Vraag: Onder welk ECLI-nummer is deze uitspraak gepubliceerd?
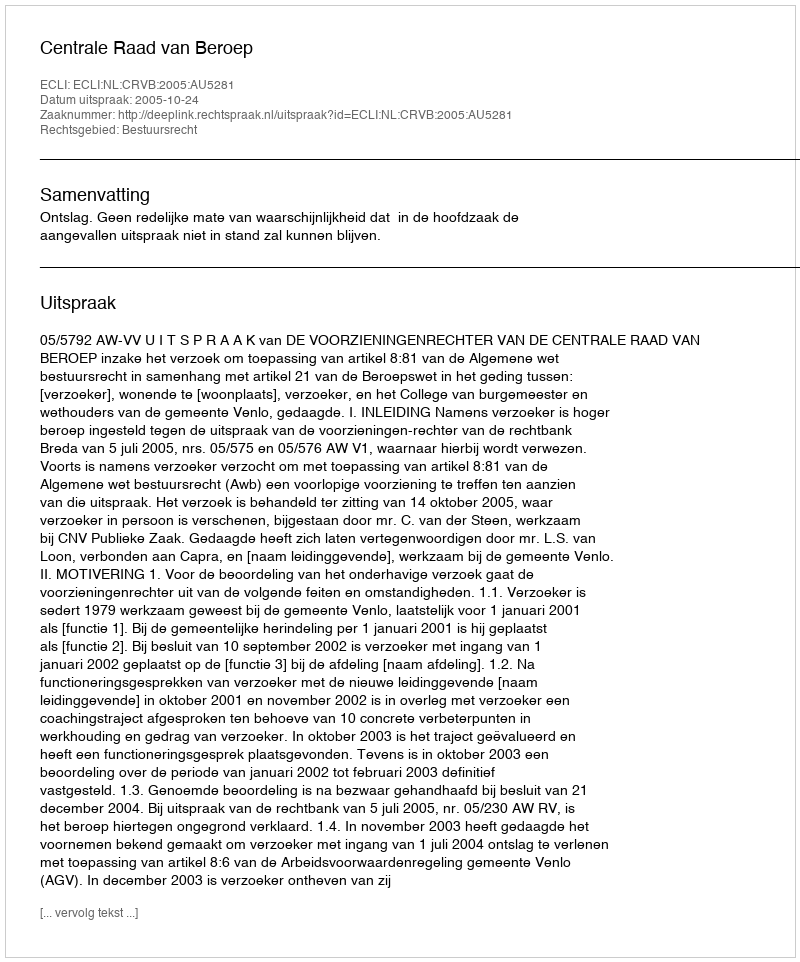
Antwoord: ECLI:NL:CRVB:2005:AU5281